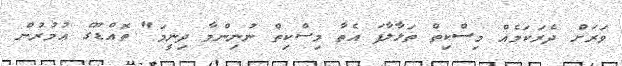
ވަރަށް ދެރަކަމެއް މިސްކިތް ތަޅާލާފަ އެތާ މިސްކިތް ނުނިންމާ ދިނީމަ" ތޮއްޑޫގެ އުމުރުން